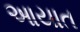
આયાત